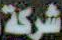
شركة